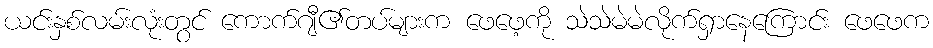
ယင်းနှစ်လမ်းလုံးတွင် ကောက်ဂျီ၏တပ်များက ဖေဖေ့ကို သဲသဲမဲမဲလိုက်ရှာနေကြောင်း ဖေဖေက